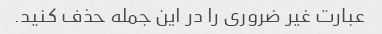
عبارت غیر ضروری را در این جمله حذف کنید.